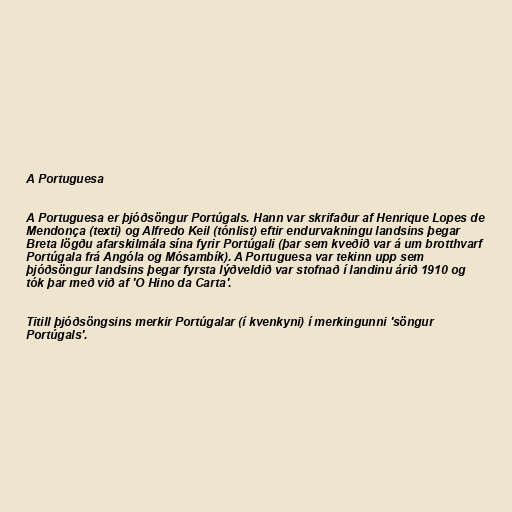
A Portuguesa

A Portuguesa er þjóðsöngur Portúgals. Hann var skrifaður af Henrique Lopes de
Mendonça (texti) og Alfredo Keil (tónlist) eftir endurvakningu landsins þegar
Breta lögðu afarskilmála sína fyrir Portúgali (þar sem kveðið var á um brotthvarf
Portúgala frá Angóla og Mósambík). A Portuguesa var tekinn upp sem
þjóðsöngur landsins þegar fyrsta lýðveldið var stofnað í landinu árið 1910 og
tók þar með við af 'O Hino da Carta'.

Titill þjóðsöngsins merkir Portúgalar (í kvenkyni) í merkingunni 'söngur
Portúgals'.